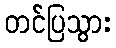
တင်ပြသွား